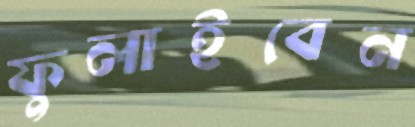
ফুলাইবেন